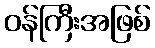
ဝန်ကြီးအဖြစ်